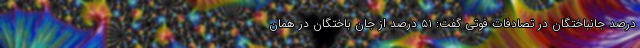
درصد جانباختگان در تصادفات فوتی گفت: ۵۱ درصد از جان باختگان در همان